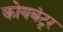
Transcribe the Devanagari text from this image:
कोयबंटृर